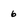
Character: 6